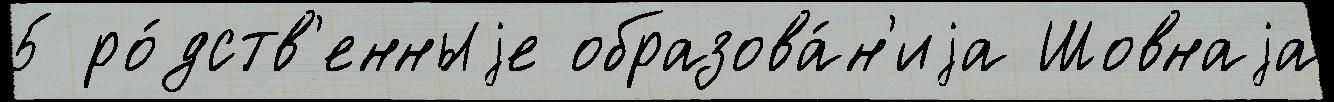
5 ро́дств'енныjе образова́н'иjа Шовнаjа